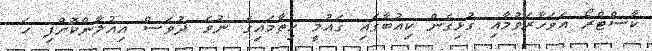
ކާސްޓްރޯ އަވަހާރަވުމާއި ގުޅިގެން ކިއުބާގައި ގައުމީ ހިތާމައިގެ ނުވަ ދުވަސް އިއުލާންކޮށްފި ހަ